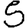
Digit: 5